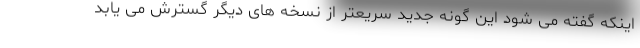
اینکه گفته می شود این گونه جدید سریعتر از نسخه های دیگر گسترش می یابد